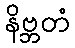
နိဗ္ဘတံ